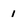
Character: 1